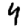
Digit: 4